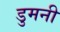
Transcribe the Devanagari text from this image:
डुमनी